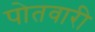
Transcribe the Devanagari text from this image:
पोतवारी